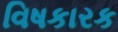
વિષકારક